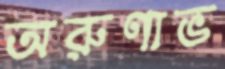
অরুণাভ